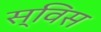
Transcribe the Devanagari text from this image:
स्‍विस